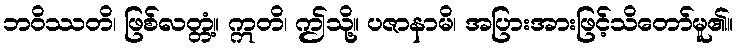
ဘဝိဿတိ၊ ဖြစ်လတ္တံ့။ ဣတိ၊ ဤသို့။ ပဇာနာမိ၊ အပြားအားဖြင့်သိတော်မူ၏။